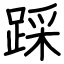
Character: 踩